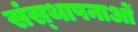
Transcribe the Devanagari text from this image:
संस्‍थापनाओं